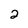
Character: 2